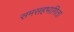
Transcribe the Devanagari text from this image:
समसहभागिता